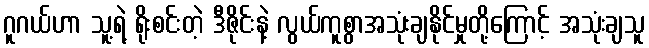
ဂူဂယ်ဟာ သူ့ရဲ့ ရိုးစင်းတဲ့ ဒီဇိုင်းနဲ့ လွယ်ကူစွာအသုံးချနိုင်မှုတို့ကြောင့် အသုံးချသူ